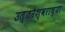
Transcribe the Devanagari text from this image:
उत्तरेश्वराच्या